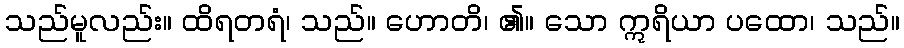
သည်မူလည်း။ ထိရတရံ၊ သည်။ ဟောတိ၊ ၏။ သော ဣရိယာ ပထော၊ သည်။